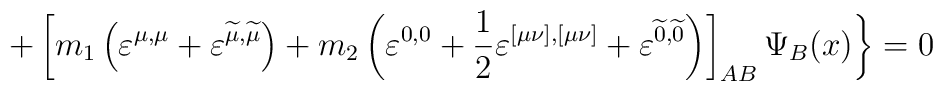
+\left[ m_1\left( \varepsilon ^{\mu ,\mu }+\varepsilon^{\widetilde{\mu }, \widetilde{\mu }}\right) +m_2\left(\varepsilon ^{0,0}+\frac 12\varepsilon ^{[\mu \nu ],[\mu \nu]}+\varepsilon ^{\widetilde{0},\widetilde{0}}\right) \right]_{AB}\Psi _B(x)\biggr \}=0